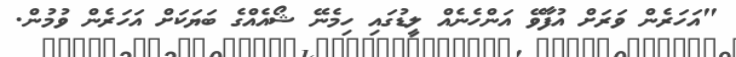
"އަހަރެން ވަރަށް އުފާވޭ އަންހެނެއް ލީޑުގައި ހިމެނޭ ޝޯއެއްގެ ބަޔަކަށް އަހަރެން ވުމުން.